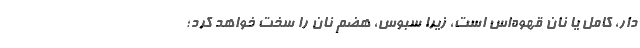
دار، کامل یا نان قهوه‌اس است، زیرا سبوس، هضم نان را سخت خواهد کرد؛